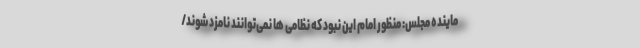
ماینده مجلس: منظور امام این نبود که نظامی ها نمی‌توانند نامزد شوند/